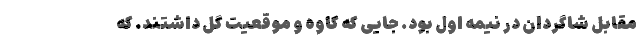
مقابل شاگردان در نیمه اول بود. جایی که کاوه و موقعیت گل داشتند. که